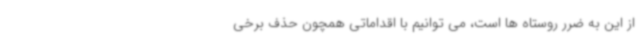
از این به ضرر روستاه ها است، می توانیم با اقداماتی همچون حذف برخی